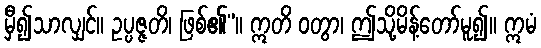
မှီ၍သာလျှင်။ ဥပ္ပဇ္ဇတိ၊ ဖြစ်၏”။ ဣတိ ဝတွာ၊ ဤသို့မိန့်တော်မူ၍။ ဣမံ